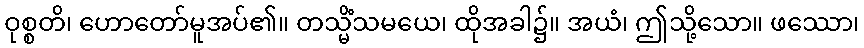
ဝုစ္စတိ၊ ဟောတော်မူအပ်၏။ တသ္မိံသမယေ၊ ထိုအခါ၌။ အယံ၊ ဤသို့သော။ ဖဿော၊